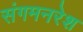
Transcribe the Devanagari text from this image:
संगमनरेश